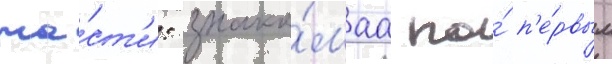
ча́ст'и: знако́маа по́ п'е́рвым